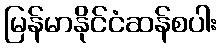
မြန်မာနိုင်ငံဆန်စပါး